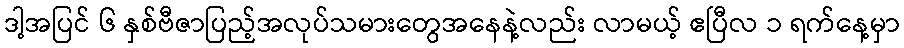
ဒါ့အပြင် ၆ နှစ်ဗီဇာပြည့်အလုပ်သမားတွေအနေနဲ့လည်း လာမယ့် ဧပြီလ ၁ ရက်နေ့မှာ